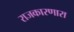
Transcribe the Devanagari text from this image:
राजकारणारा